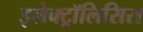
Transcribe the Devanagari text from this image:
इलेक्ट्रॉलिसिस